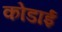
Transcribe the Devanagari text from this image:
कोडाई